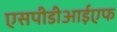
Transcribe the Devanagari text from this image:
एसपीडीआईएफ